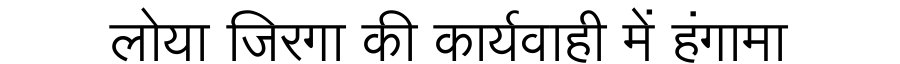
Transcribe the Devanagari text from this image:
लोया जिरगा की कार्यवाही में हंगामा